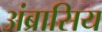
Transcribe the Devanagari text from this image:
अंब्रासिय